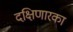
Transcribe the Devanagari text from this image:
दक्षिणारका